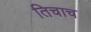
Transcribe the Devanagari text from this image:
तिचाच